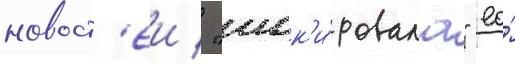
новост'еи / "шок'и́ровала" ео́